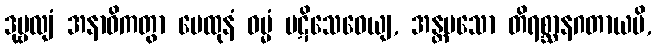
ဒုဗ္ဗလျံ အနာဝိကတွာ မေထုနံ ဓမ္မံ ပဋိသေဝေယျ, အန္တမသော တိရစ္ဆာနဂတာယပိ,